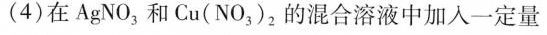
(4)在AgNO_{3}，和Cu(NO_{3)_{2}的混合溶液中加入一定量